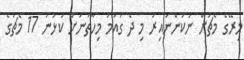
މިރޭގެ މެޗަށް ނުކުންނައިރު މި ދެ ގައުމު މިހާތަނަށް ކުޅުނު 17 މެޗުގެ